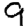
Digit: 9